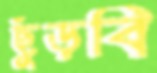
ছুঁড়বি